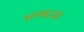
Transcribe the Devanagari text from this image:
१२१६८६३